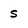
Character: s